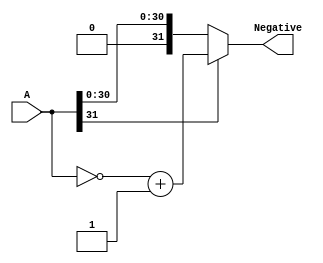
`timescale 1ns / 1ps


module comp#(parameter n = 32)(input [31:0] A, output reg [31:0]Negative);

wire sign;
assign  sign = A[n-1];
always @(*)
begin 
    if (sign == 1)
    begin
    Negative = ~A;
     Negative = Negative +1; 
    end 

else 
begin
Negative= A;
end
end
endmodule